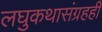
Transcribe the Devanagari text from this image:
लघुकथासंग्रहही